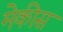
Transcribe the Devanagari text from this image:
मेकीस